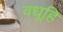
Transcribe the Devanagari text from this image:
वधूहि